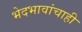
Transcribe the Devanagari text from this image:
भेदभावांचाही